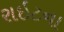
રાઇટના